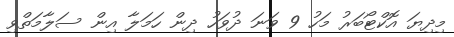
މިދިޔަ އޮކްޓޯބަރު މަހު 9 ވަނަ ދުވަހު ދިން ހަމަލާ އިން ސަލާމަތްވި